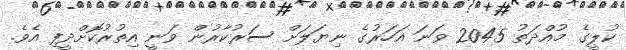
ކުލީގެ މުއްދަތު 2045 ވަނަ އަހަރުގެ ނިޔަލަށް ސަރުކާރުން ވަނީ އިތުރުކޮށްދީފި އެވެ.